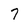
Character: 7